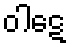
ဝါဋေ